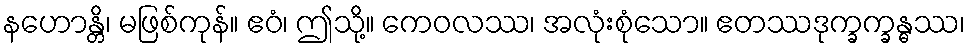
နဟောန္တိ၊ မဖြစ်ကုန်။ ဧဝံ၊ ဤသို့။ ကေဝလဿ၊ အလုံးစုံသော။ ဧတဿဒုက္ခက္ခန္ဓဿ၊